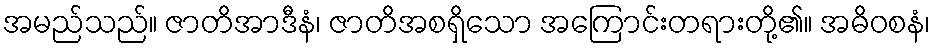
အမည်သည်။ ဇာတိအာဒီနံ၊ ဇာတိအစရှိသော အကြောင်းတရားတို့၏။ အဓိဝစနံ၊